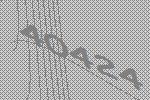
40424